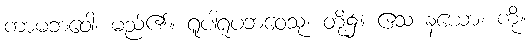
ကာမဘဝေါ၊ မည်၏။ ရူပါရူပဘဝေသု၊ တို့၌။ ဧသ နယော၊ ကို။